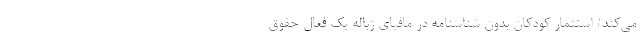
می‌کند/ استثمار کودکان بدون شناسنامه در مافیای زباله یک فعال حقوق